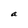
Character: a